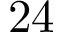
2 4